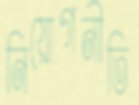
নিয়োগনীতি